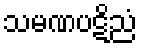
သမဏပဋိညံ